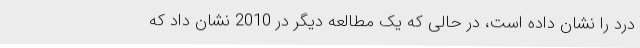
درد را نشان داده است، در حالی که یک مطالعه دیگر در 2010 نشان داد که